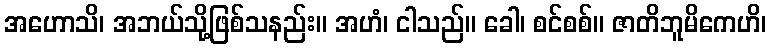
အဟောသိ၊ အဘယ်သို့ဖြစ်သနည်း။ အဟံ၊ ငါသည်။ ခေါ၊ စင်စစ်။ ဇာတိဘူမိကေဟိ၊